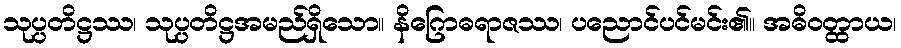
သုပ္ပတိဋ္ဌဿ၊ သုပ္ပတိဋ္ဌအမည်ရှိသော။ နိဂြောဓရာဇဿ၊ ပညောင်ပင်မင်း၏။ အဓိဝတ္ထာယ၊